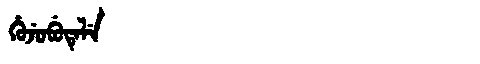
Manchu: ᡥᡠᠵᡠᠪᡠᡨᡝᠯᡝ
Romanization: HUJUBUTELE